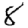
Digit: 8